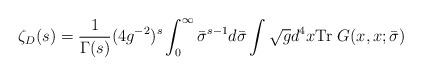
LaTeX: \begin{align*}\zeta_D(s) = \frac{1}{\Gamma(s)}(4g^{-2})^s\int_0^\infty \bar{\sigma}^{s-1} d\bar{\sigma}\int\sqrt{g}d^4x{\rm Tr}~G(x,x;\bar{\sigma})\end{align*}